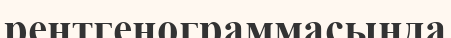
рентгенограммасында